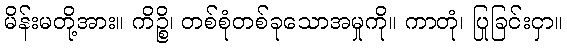
မိန်းမတို့အား။ ကိဉ္စိ၊ တစ်စုံတစ်ခုသောအမှုကို။ ကာတုံ၊ ပြုခြင်းငှာ။